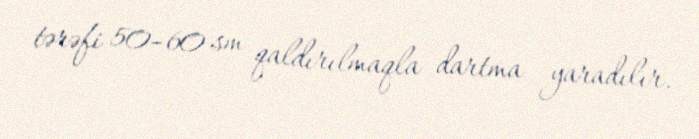
tərəfi 50–60 sm qaldırılmaqla dartma yaradılır.